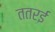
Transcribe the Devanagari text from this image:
ततरई